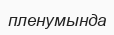
пленумында